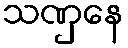
သဏှေန